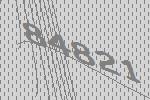
84821